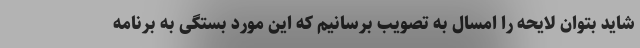
شاید بتوان لایحه را امسال به تصویب برسانیم که این مورد بستگی به برنامه